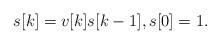
LaTeX: \begin{align*}s[k]=v[k] s[k-1],s[0]=1.\end{align*}